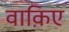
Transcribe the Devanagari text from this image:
वाक़िए